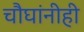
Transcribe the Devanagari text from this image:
चौघांनीही